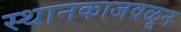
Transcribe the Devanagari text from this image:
स्थानकाजवळून